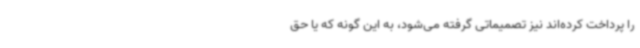
را پرداخت کرده‌اند نیز تصمیماتی گرفته می‌شود، به این گونه که یا حق